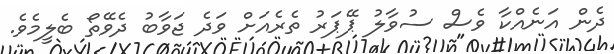
ދެން އަނެއްކާ ވެސް ސުވާލު ޕޭޕަރު ތެރެއަށް ވަދެ ޖަވާބު ދެވޭތޯ ބެލީމެވެ.